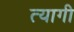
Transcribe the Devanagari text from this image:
त्‍यागी